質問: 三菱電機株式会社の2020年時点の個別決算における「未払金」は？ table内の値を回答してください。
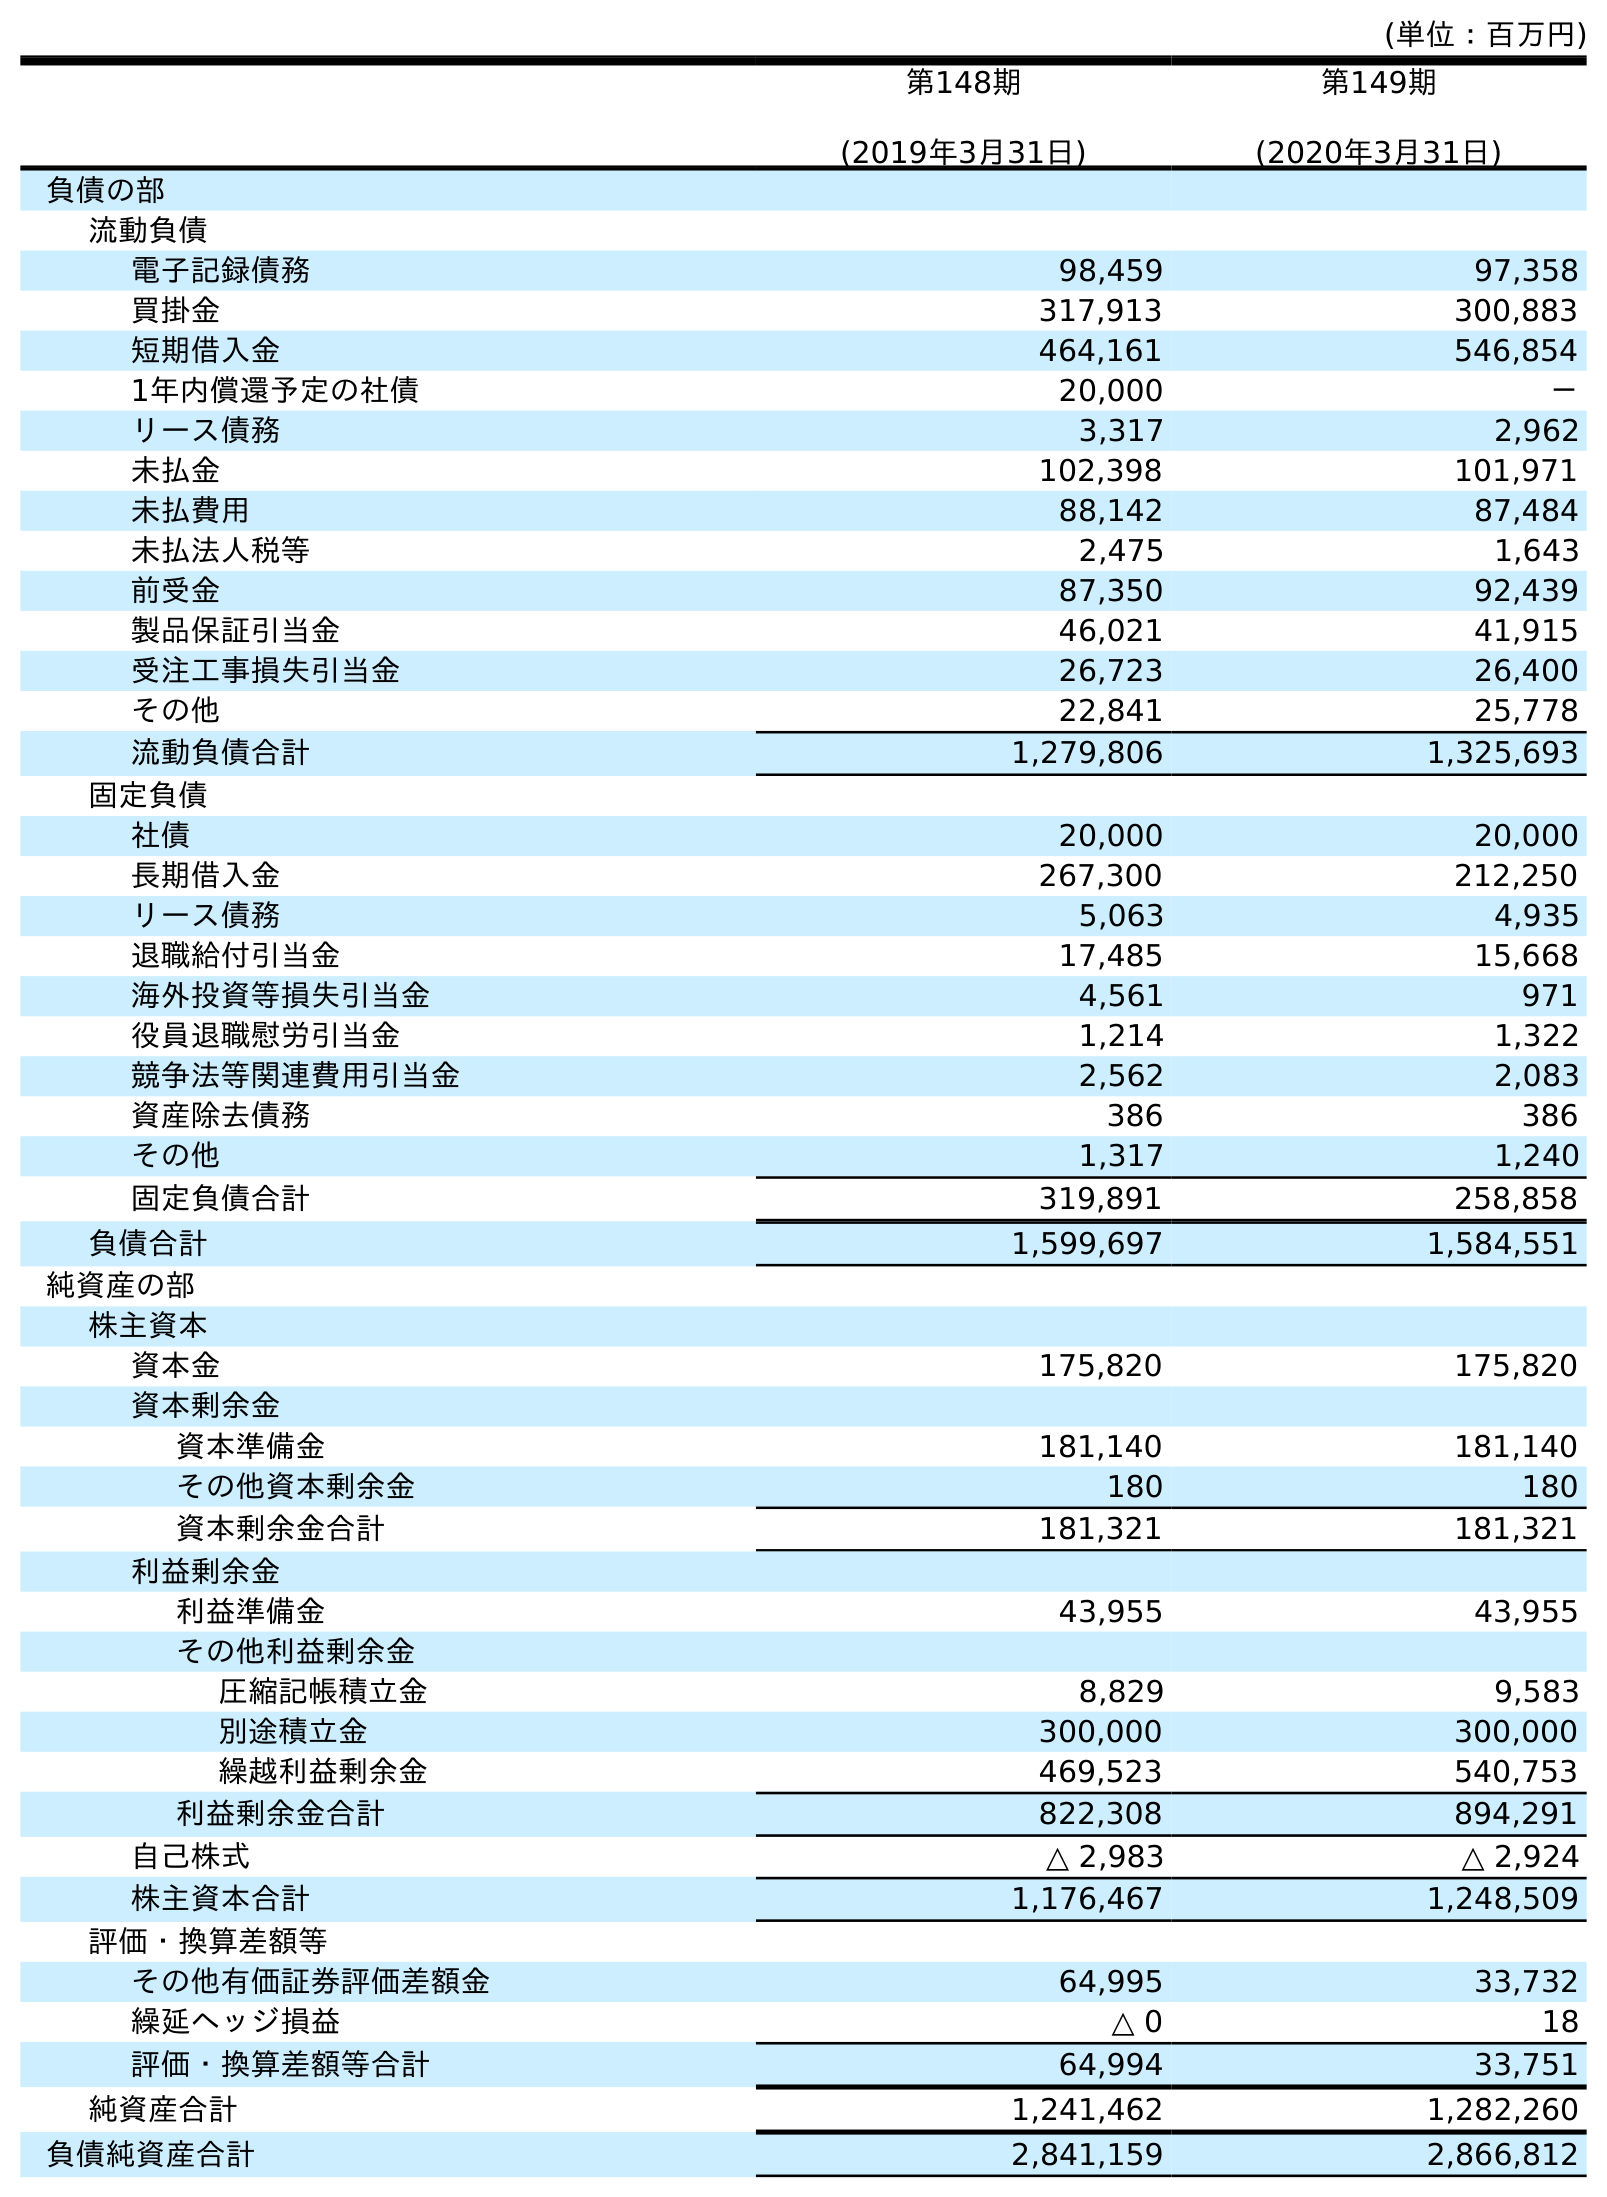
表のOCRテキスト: (単位：百万円) 第148期 (2019年3月31日) 第149期 (2020年3月31日) 負債の部 流動負債 電子記録債務 98,459 97,358 買掛金 317,913 300,883 短期借入金 464,161 546,854 1年内償還予定の社債 20,000 － リース債務 3,317 2,962 未払金 102,398 101,971 未払費用 88,142 87,484 未払法人税等 2,475 1,643 前受金 87,350 92,439 製品保証引当金 46,021 41,915 受注工事損失引当金 26,723 26,400 その他 22,841 25,778 流動負債合計 1,279,806 1,325,693 固定負債 社債 20,000 20,000 長期借入金 267,300 212,250 リース債務 5,063 4,935 退職給付引当金 17,485 15,668 海外投資等損失引当金 4,561 971 役員退職慰労引当金 1,214 1,322 競争法等関連費用引当金 2,562 2,083 資産除去債務 386 386 その他 1,317 1,240 固定負債合計 319,891 258,858 負債合計 1,599,697 1,584,551 純資産の部 株主資本 資本金 175,820 175,820 資本剰余金 資本準備金 181,140 181,140 その他資本剰余金 180 180 資本剰余金合計 181,321 181,321 利益剰余金 利益準備金 43,955 43,955 その他利益剰余金 圧縮記帳積立金 8,829 9,583 別途積立金 300,000 300,000 繰越利益剰余金 469,523 540,753 利益剰余金合計 822,308 894,291 自己株式 △ 2,983 △ 2,924 株主資本合計 1,176,467 1,248,509 評価・換算差額等 その他有価証券評価差額金 64,995 33,732 繰延ヘッジ損益 △ 0 18 評価・換算差額等合計 64,994 33,751 純資産合計 1,241,462 1,282,260 負債純資産合計 2,841,159 2,866,812
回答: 101,971